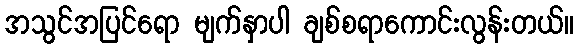
အသွင်အပြင်ရော မျက်နှာပါ ချစ်စရာကောင်းလွန်းတယ်။